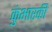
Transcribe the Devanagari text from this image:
कुंभारकी